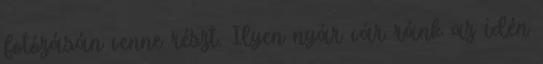
fo­tó­zá­sán venne részt. Ilyen nyár vár ránk az idén